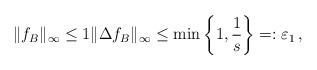
LaTeX: \begin{align*}\|f_B\|_\infty \leq 1 \|\Delta f_B\|_\infty\leq \min\left\{1,{1\over s}\right\}=:\varepsilon_1\,,\end{align*}